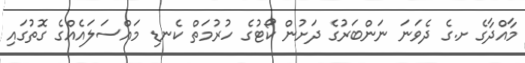
މާއްދާގެ ށ.ގެ ދެވަނަ ނަންބަރުގެ ދަށުން ކޯޓުގެ ހުރުމަތް ކެނޑި މައްސަލައެއްގެ ގޮތުގައި